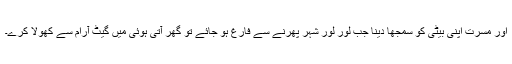
اور مسرت اپنی بیٹی کو سمجھا دینا جب لور لور شہر پھرنے سے فارغ ہو جائے تو گھر آتی ہوئی میں گیٹ آرام سے کھولا کرے۔